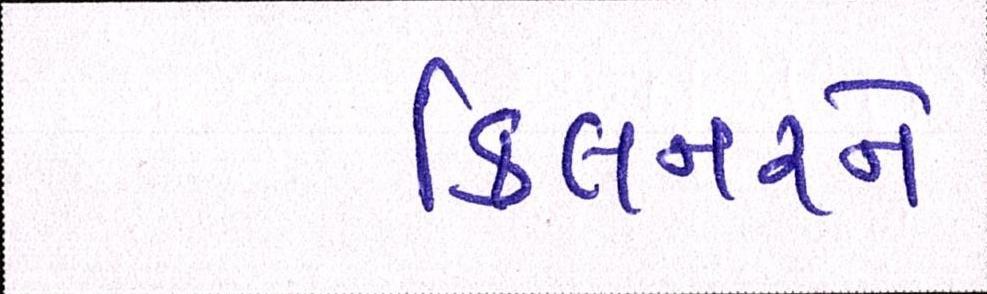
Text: કિલનરને